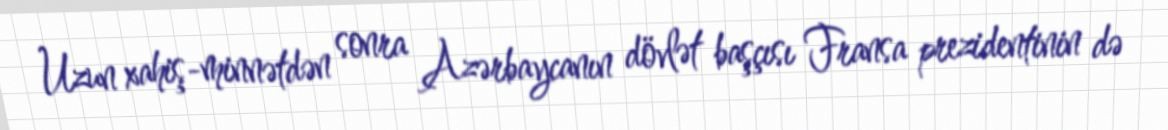
Uzun xahiş-minnətdən sonra Azərbaycanın dövlət başçısı Fransa prezidentinin də